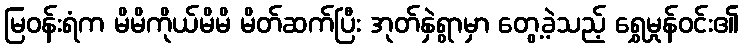
မြဝန်းရံက မိမိကိုယ်မိမိ မိတ်ဆက်ပြီး အုတ်နှဲရွာမှာ တွေ့ခဲ့သည့် ရွှေမှုန်ဝင်း၏